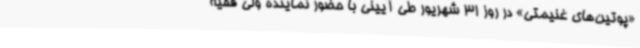
«پوتین‌های غنیمتی» در روز 31 شهریور طی آیینی با حضور نماینده ولی فقیه